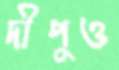
দীপুও